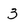
Character: 3